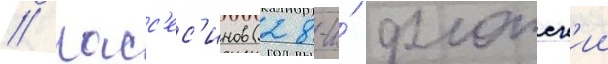
// Касс'ес'инов (28-и́ флотск'ии